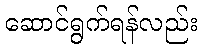
ဆောင်ရွက်ရန်လည်း